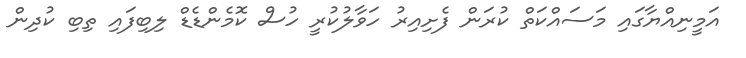
އަމީނިއްޔާގައި މަސައްކަތް ކުރަން ފެށިއިރު ހަވާލުކުރީ ހުސް ކޮމެންޑެޑް ލިބިފައި ތިބި ކުދިން